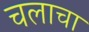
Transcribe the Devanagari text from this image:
चलाचा